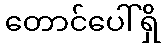
တောင်ပေါ်ရှိ